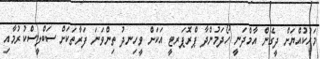
މަހުކުއްޔަށް ދީގެން އާމްދަނީ ހޯދަމުންދާ ޕްރޮޕަރޓީ އަކަށް ވީހިނދު ތިންވަނަ ފަރާތަކަށް ސަބްލީސްކުރުމާއި